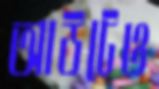
আউটেও